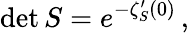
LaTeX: \operatorname*{det}S=e^{-\zeta_{S}^{\prime}(0)}\, ,